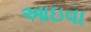
આઇવા